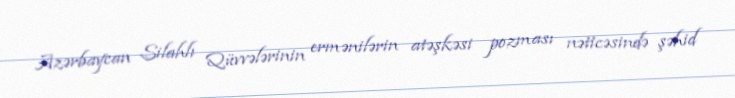
Azərbaycan Silahlı Qüvvələrinin ermənilərin atəşkəsi pozması nəticəsində şəhid